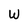
Character: W